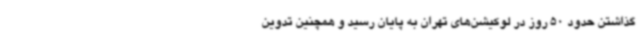
گذاشتن حدود 50 روز در لوکیشن‌های تهران به پایان رسید و همچنین تدوین